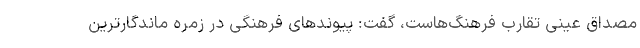
مصداق عینی تقارب فرهنگ‌هاست، گفت: پیوندهای فرهنگی در زمره ماندگارترین